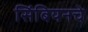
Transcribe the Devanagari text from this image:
सिंबियनचे